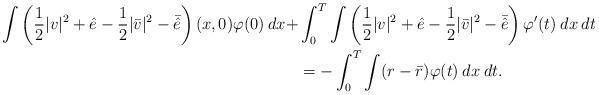
LaTeX: \begin{align*}\int\left(\frac{1}{2}|v|^2+\hat{e}-\frac{1}{2}|\bar{v}|^2-\bar{\hat{e}}\right)(x,0)\varphi(0)\:dx +& \int_0^T\int \left(\frac{1}{2}|v|^2+\hat{e}- \frac{1}{2}|\bar{v}|^2-\bar{\hat{e}}\right)\varphi^{\prime}(t)\:dx\:dt\\ &=-\int_0^T\int (r-\bar{r})\varphi(t)\:dx\:dt.\end{align*}